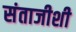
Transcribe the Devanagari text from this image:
संताजीशी